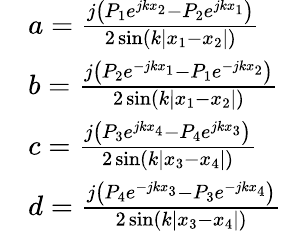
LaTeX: \begin{array}{rl}&{a=\frac{j\left(P_{1}e^{jkx_{2}}-P_{2}e^{jkx_{1}}\right)}{2\sin(k|x_{1}-x_{2}|)}}\\ &{b=\frac{j\left(P_{2}e^{-jkx_{1}}-P_{1}e^{-jkx_{2}}\right)}{2\sin(k|x_{1}-x_{2}|)}}\\ &{c=\frac{j\left(P_{3}e^{jkx_{4}}-P_{4}e^{jkx_{3}}\right)}{2\sin(k|x_{3}-x_{4}|)}}\\ &{d=\frac{j\left(P_{4}e^{-jkx_{3}}-P_{3}e^{-jkx_{4}}\right)}{2\sin(k|x_{3}-x_{4}|)}}\end{array}